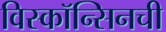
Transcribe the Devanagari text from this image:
विस्कॉन्सिनची